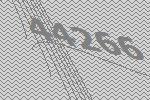
44266